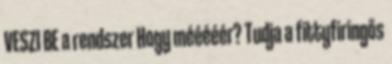
VESZI BE a rendszer Hogy mééééér? Tudja a fittyfiringős